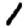
Digit: 1